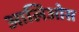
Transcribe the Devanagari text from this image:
आलिओस